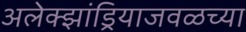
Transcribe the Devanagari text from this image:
अलेक्झांड्रियाजवळच्या